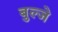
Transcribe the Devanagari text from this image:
बुल्जे